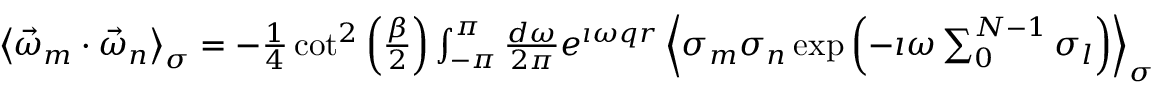
\begin{array} { r l r } & { } & { \left\langle \vec { \omega } _ { m } \cdot \vec { \omega } _ { n } \right\rangle _ { \sigma } = - \frac { 1 } { 4 } \cot ^ { 2 } \left( \frac { \beta } { 2 } \right) \int _ { - \pi } ^ { \pi } \frac { d \omega } { 2 \pi } e ^ { \imath \omega q r } \left\langle \sigma _ { m } \sigma _ { n } \exp \left( - \imath \omega \sum _ { 0 } ^ { N - 1 } \sigma _ { l } \right) \right\rangle _ { \sigma } } \end{array}